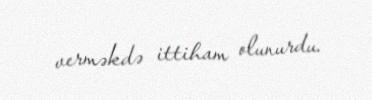
verməkdə ittiham olunurdu.